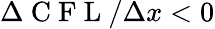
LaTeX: \Delta\mathrm{~C~F~L~}/\Delta x<0